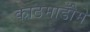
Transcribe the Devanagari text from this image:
काठमाडौँमे